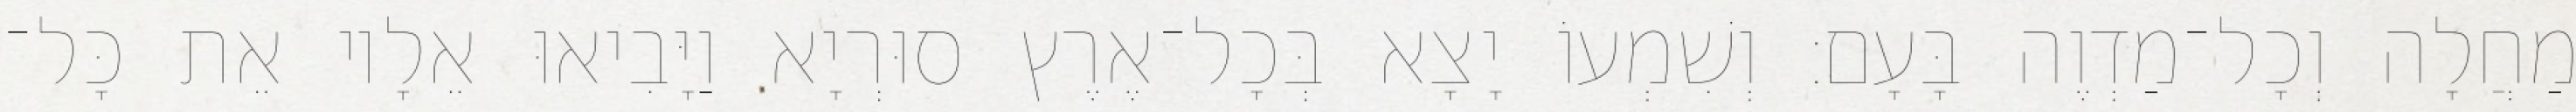
מַחֲלָה וְכָל־מַדְוֶה בָּעָם׃ וְשִׁמְעוֹ יָצָא בְּכָל־אֶרֶץ סוּרְיָא וַיָּבִיאוּ אֵלָיו אֵת כָּל־